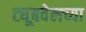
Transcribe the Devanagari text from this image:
ट्यूबवेलच्या